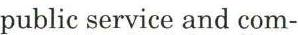
public service and com-